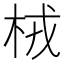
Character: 㭜